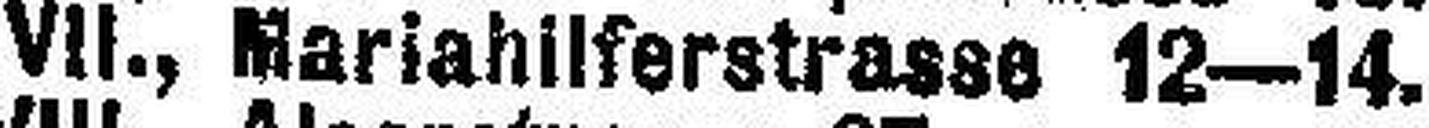
VII. , Mariahillferstrasse 12-14.